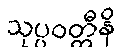
သုပ္ပဝတ္တီနိ